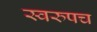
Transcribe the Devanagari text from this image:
स्वरुपच